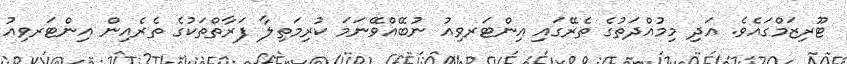
ޓޫރިޒަމްގައެވެ. އަދި މިމުއްދަތުގެ ތެރޭގައި އިންޓަރވިއު ނުބޭއްވޭނަމަ ކުރިމަތިލާ ފަރާތްތަކުގެ ތެރެއިން އިންޓަރވިއު